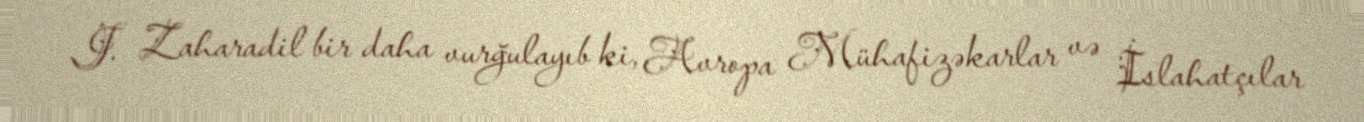
J. Zaharadil bir daha vurğulayıb ki, Avropa Mühafizəkarlar və İslahatçılar